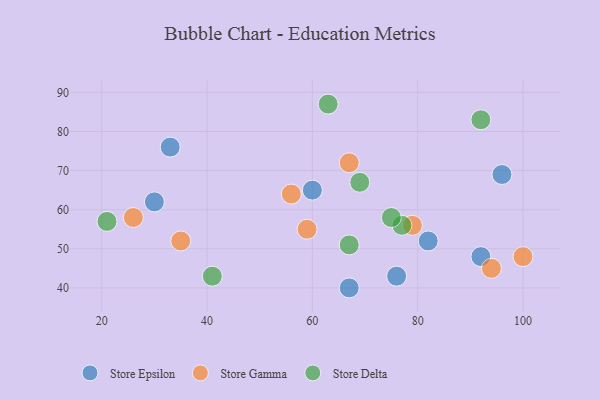
{"axis": {"x": "GDP", "y": "Life Expectancy"}, "legend": ["Store Delta", "Store Epsilon", "Store Gamma"], "data": [{"x": "30", "y": 62, "type": "Store Epsilon"}, {"x": "76", "y": 43, "type": "Store Epsilon"}, {"x": "67", "y": 40, "type": "Store Epsilon"}, {"x": "96", "y": 69, "type": "Store Epsilon"}, {"x": "60", "y": 65, "type": "Store Epsilon"}, {"x": "33", "y": 76, "type": "Store Epsilon"}, {"x": "82", "y": 52, "type": "Store Epsilon"}, {"x": "92", "y": 48, "type": "Store Epsilon"}, {"x": "59", "y": 55, "type": "Store Gamma"}, {"x": "100", "y": 48, "type": "Store Gamma"}, {"x": "67", "y": 72, "type": "Store Gamma"}, {"x": "79", "y": 56, "type": "Store Gamma"}, {"x": "35", "y": 52, "type": "Store Gamma"}, {"x": "26", "y": 58, "type": "Store Gamma"}, {"x": "94", "y": 45, "type": "Store Gamma"}, {"x": "56", "y": 64, "type": "Store Gamma"}, {"x": "41", "y": 43, "type": "Store Delta"}, {"x": "63", "y": 87, "type": "Store Delta"}, {"x": "92", "y": 83, "type": "Store Delta"}, {"x": "77", "y": 56, "type": "Store Delta"}, {"x": "67", "y": 51, "type": "Store Delta"}, {"x": "21", "y": 57, "type": "Store Delta"}, {"x": "75", "y": 58, "type": "Store Delta"}, {"x": "69", "y": 67, "type": "Store Delta"}]}